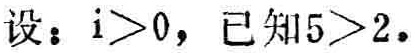
设：$i > 0$，已知$5 > 2$。